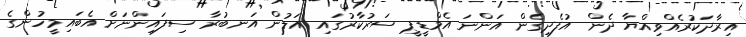
އިރާދަކުރެއްވިއްޔާ ދެން އުފެދިގެން އަންނަ އެމްޑީޕީ ސަރުކާރުގައި އަލުން އަނބުރާ ސިފައިންނަށް އެބައިމީހުންގެ